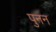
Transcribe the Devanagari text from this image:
पुनन